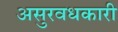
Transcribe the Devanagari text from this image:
असुरवधकारी